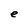
Character: e